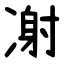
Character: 㓔